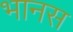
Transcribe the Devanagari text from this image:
भानस